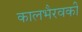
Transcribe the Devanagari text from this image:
कालभैरवकी